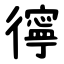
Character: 㣷